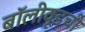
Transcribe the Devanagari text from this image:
बॉलीवूडची